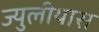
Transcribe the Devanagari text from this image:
ज्युलीयास